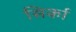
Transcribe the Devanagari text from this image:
सिर्का